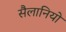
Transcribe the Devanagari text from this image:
सैलानियों